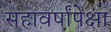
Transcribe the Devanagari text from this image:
सहावर्षांपेक्षा